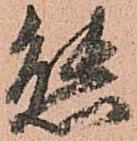
熊